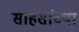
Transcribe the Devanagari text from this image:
साहसांच्या